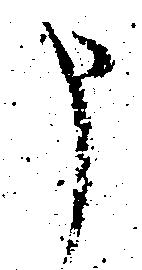
申